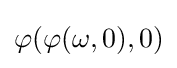
\varphi (\varphi (\omega ,0),0)